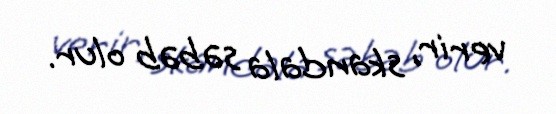
verir, skandala səbəb olur.